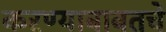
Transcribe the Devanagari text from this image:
करण्याबाबतचे